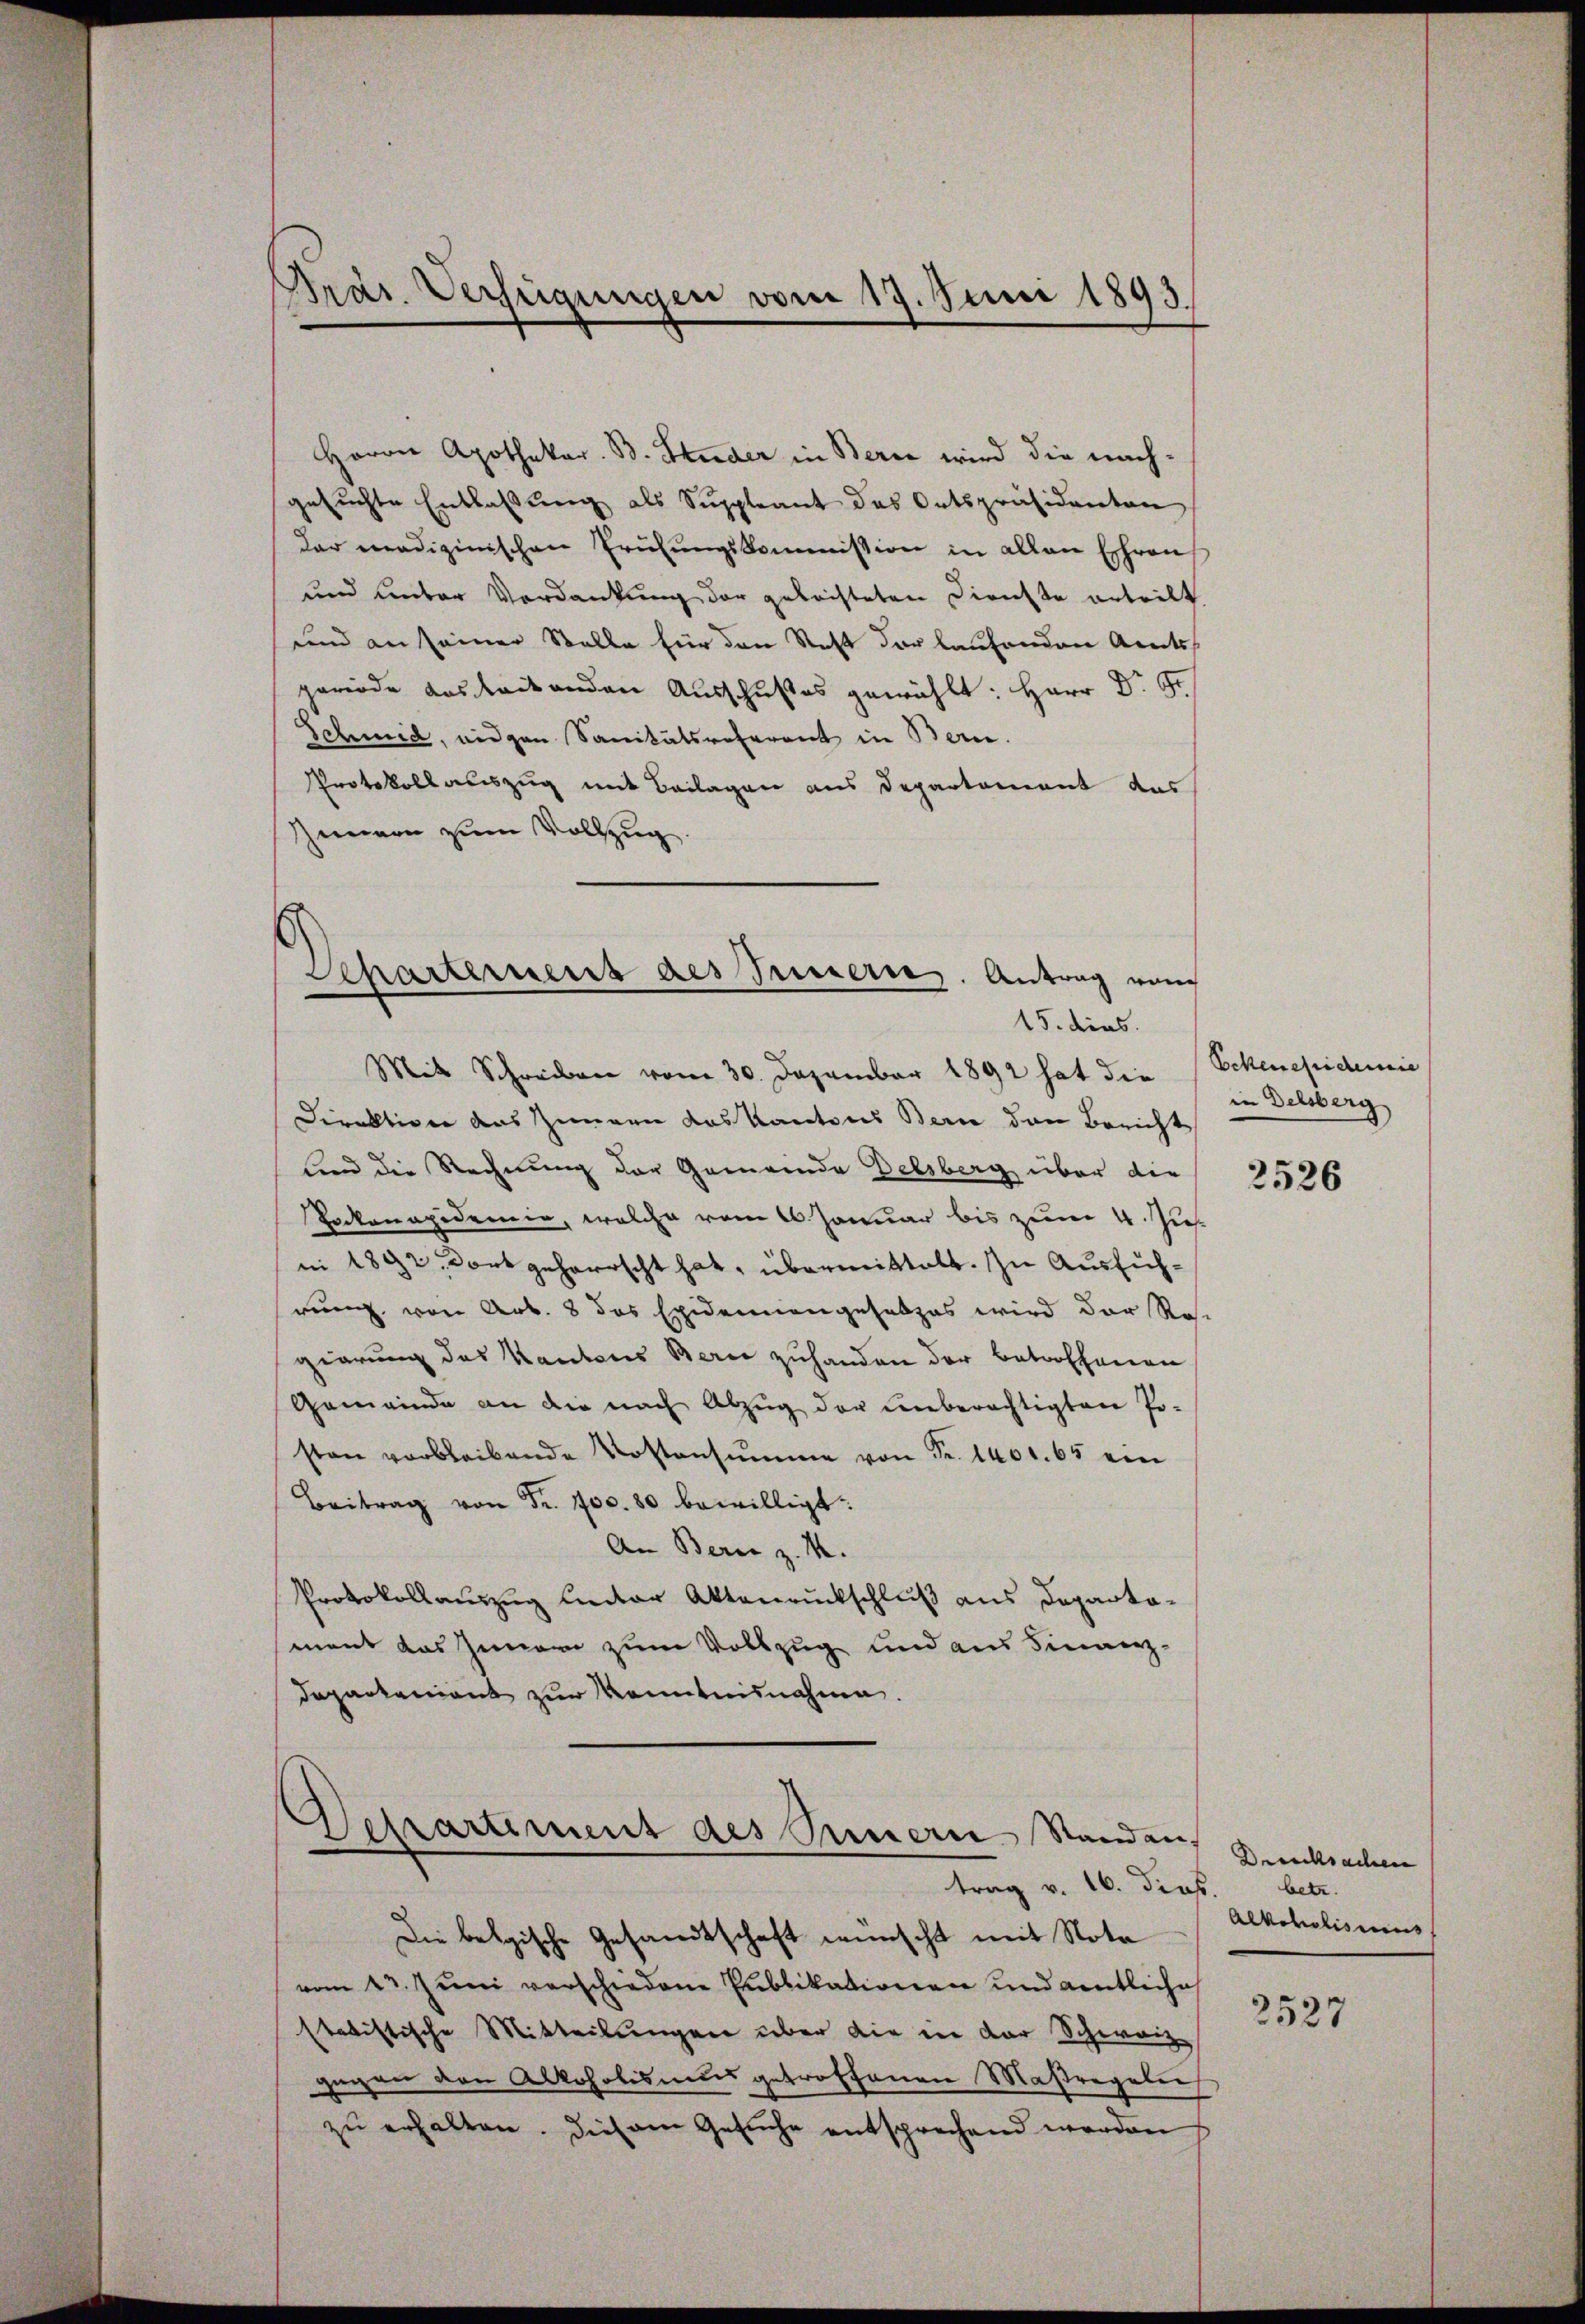
Präs. Verfügungen vom 17. Juni 1893.

Herrn Apothekar. B. Studer in Berie wird die nach-
gesŭchte Entlassung als Suppleant des Ortspräsidenten
der medizinischen Prüfungskommission in allen Ehrens
und unter Verdankung der geleisteten Dienste erteilt
und an seiner Stelle für den Statt der laufenden Amtss
periode das leitenden Ausschußes gewählt: Herr Dr. Gr
Schmid, eidgen Sanitätsreferent in Bern.
PProtokollauszug mit Beilagen aus Departement das
Zimern zum Vollzug.

Scharternent des Innern. Antrag vom
15. dies
Mit Schreiben vom 30. Dezember 1892 hat die

Separtement des Preiserie-Standen.
trag v. 16. dies

Direktione das Zimmern das Kantons Bern den Bericht
fend die Rechnung der Gemeinde Delsberg über die
Packenapidemie, welche vom 16. Januar bis zum 4. Pis.
ni 1892. Dort geherrscht hat, übermittelt. In Ausführung von Art. 8 das Epidemengesetzes wird der Ro-
gierung des Kantons Berne zuhanden der Betroffenen
Gemeinde an die nach Abzŭg der unberächtigten Po-
sten verbleibende Kostensumme von Fr. 1401. 65 ein
Beitrag von Fr. 700. 80 bewilligt:
An Berie z. M.
Protokollauszug unter Aktenrückschluß aus Departa-
ment das Innern zum Vollzug und aus Finanz-
Departanient zur Kenntnisnahme.

Die belgische Gesandtschaft wünscht mit Nota
vom 23. Juni verschiedene Publikationen und entliche
statistische Mitteilungen über die in der Schwarz
gegen den Alkoholismus getroffenen Maßregeln
zu erhalten. Dies am Gesuche entsprechend werden

Eckenefidemie
in Delsberg

2526

Drucksachen
betr.
Alkoholisius

2527